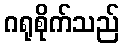
ဂရုစိုက်သည်